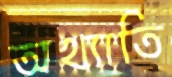
অখ্যাতি